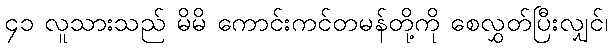
၄၁ လူသားသည် မိမိ ကောင်းကင်တမန်တို့ကို စေလွှတ်ပြီးလျှင်၊